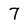
Character: 7